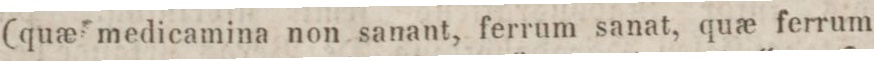
(quæ medicamina non sanant, ferrum sanat, quæ ferrum